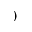
)